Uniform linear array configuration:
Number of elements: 64
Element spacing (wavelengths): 0.25
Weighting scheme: hann
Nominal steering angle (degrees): -45
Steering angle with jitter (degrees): -44.563
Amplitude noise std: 0.05
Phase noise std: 0.05

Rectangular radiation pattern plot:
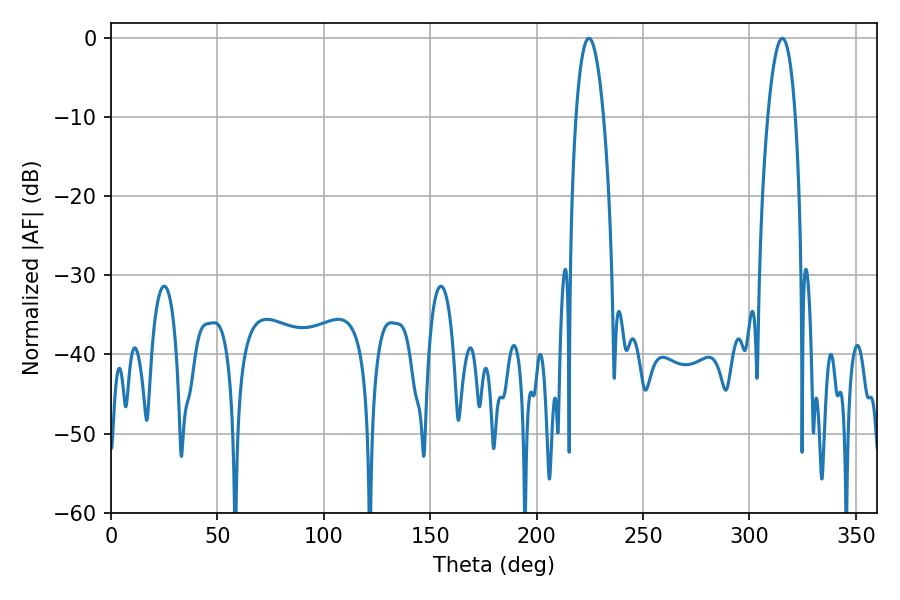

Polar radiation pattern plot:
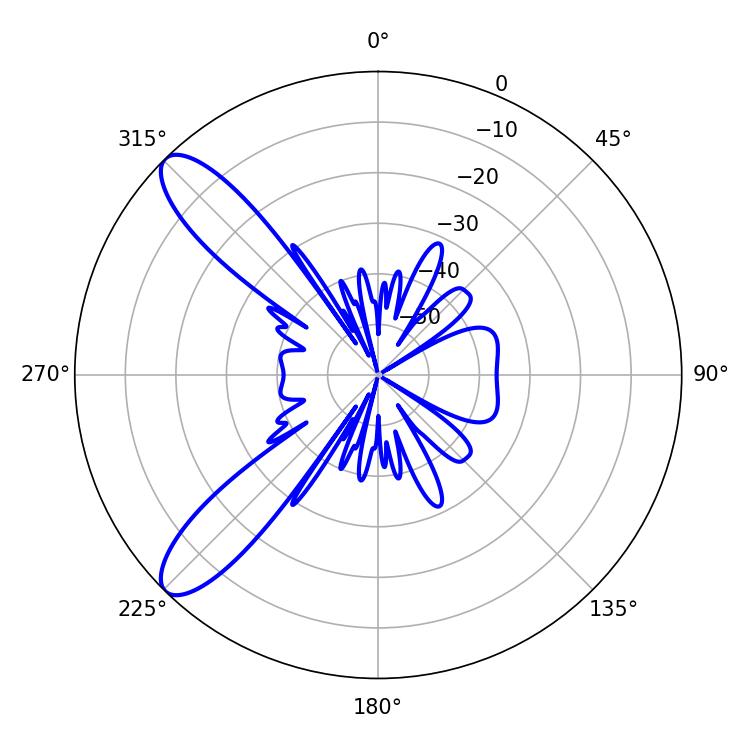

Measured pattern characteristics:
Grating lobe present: FALSE
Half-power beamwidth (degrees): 7.2
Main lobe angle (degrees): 224.64